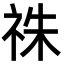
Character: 祩